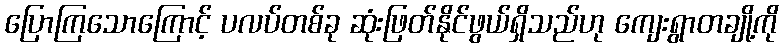
ပြောကြသောကြောင့် ပလပ်တစ်ခု ဆုံးဖြတ်နိုင်ဖွယ်ရှိသည်ဟု ကျေးရွာတချို့ကို